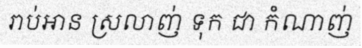
រាប់អាន ស្រលាញ់ ទុក ជា កំណាញ់